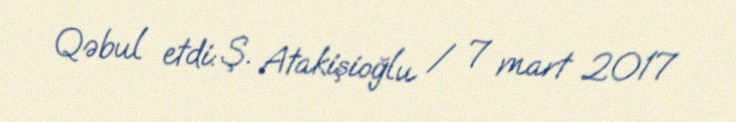
Qəbul etdi: Ş. Atakişioğlu / 7 mart 2017